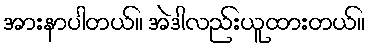
အားနာပါတယ်။ အဲဒါလည်းယူထားတယ်။